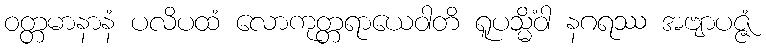
ဝတ္တမာနာနံ ပလိပထံ လောကုတ္တရာယေဝါတိ ရူပသ္မိံဝါ နဂရဿ အဗျာပဇ္ဇံ